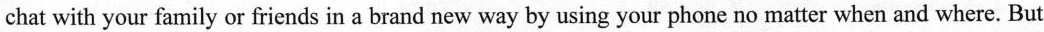
chat with your family or friends in a brand new way by using your phone no matter when and where. But